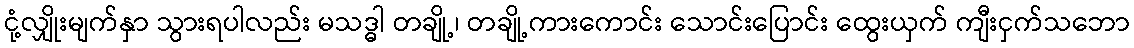
ငုံ့လျှိုးမျက်နှာ သွားရပါလည်း မသဒ္ဓါ တချို့၊ တချို့ကားကောင်း သောင်းပြောင်း ထွေးယှက် ကျီးငှက်သဘော